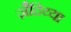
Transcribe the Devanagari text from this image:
ज़ैदिय्या